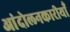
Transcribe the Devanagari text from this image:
आंदोलनकारीयाँ